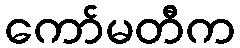
ကော်မတီက